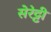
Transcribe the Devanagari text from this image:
सेरेट्टी